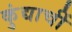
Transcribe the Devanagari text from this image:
कुंद्याचीं